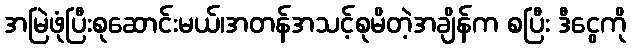
အမြဲဖုံပြီးစုဆောင်းမယ်၊အတန်အသင့်စုမိတဲ့အချိန်က စပြီး ဒီငွေကို